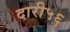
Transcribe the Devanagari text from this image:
दारी५६